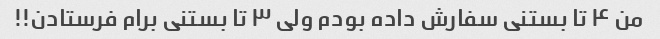
من ۴ تا بستنی سفارش داده بودم ولی ۳ تا بستنی برام فرستادن!!